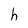
Character: h